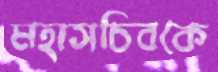
মহাসচিবকে